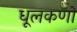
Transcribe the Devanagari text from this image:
धूलकणों